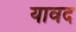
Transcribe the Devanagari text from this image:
यावद